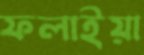
ফলাইয়া